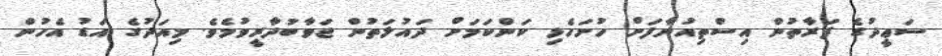
ސަޢީދުގެ ފަރާތުން އިސްތިއުނާފަށް ހުށަހެޅި ކަންކަމަށް ދައުލަތުން ޖަވާބުދާރީވުމެވެ. މިއަދުގެ އަޑު އެހުން